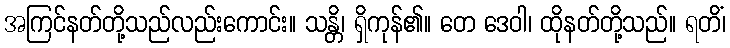
အကြင်နတ်တို့သည်လည်းကောင်း။ သန္တိ၊ ရှိကုန်၏။ တေ ဒေဝါ၊ ထိုနတ်တို့သည်။ ရတိံ၊